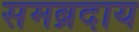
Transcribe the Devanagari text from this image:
समब्रदाय